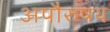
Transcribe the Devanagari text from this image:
अपौरुषय